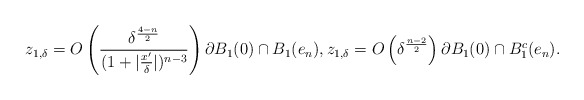
\begin{align*}z_{1,\delta}= O\left(\frac{\delta^\frac{4-n}{2}}{(1+|\frac{x'}{\delta}|)^{n-3}}\right) \partial B_1(0)\cap B_1(e_n),z_{1,\delta}= O\left(\delta^\frac{n-2}{2}\right) \partial B_1(0) \cap B_1^c(e_n).\end{align*}